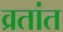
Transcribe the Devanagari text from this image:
व्रतांत